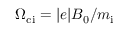
\Omega _ { \mathrm { c i } } = | e | B _ { 0 } / m _ { \mathrm { i } }